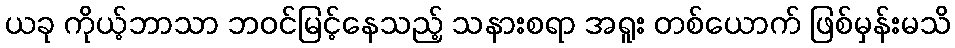
ယခု ကိုယ့်ဘာသာ ဘဝင်မြင့်နေသည့် သနားစရာ အရူး တစ်ယောက် ဖြစ်မှန်းမသိ